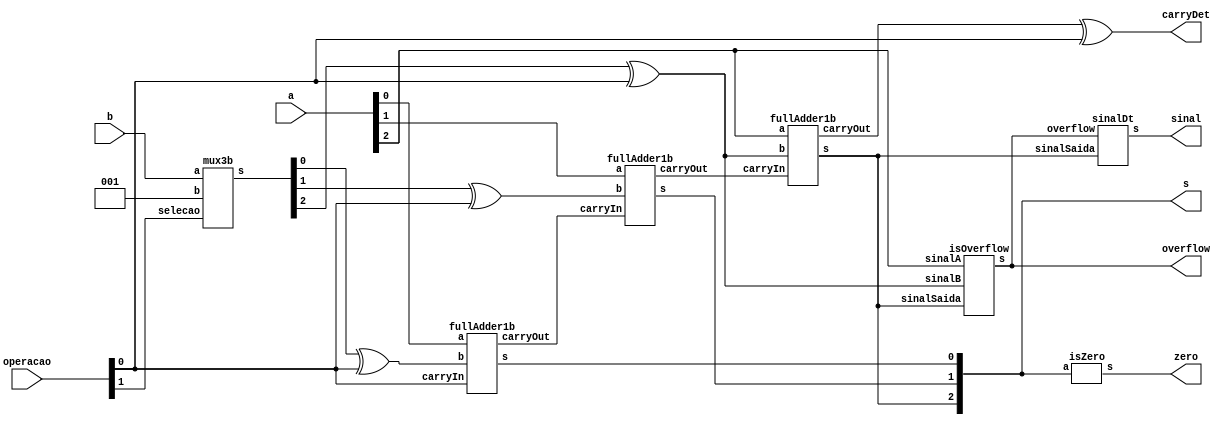
// -------------------------
// Exemplo0034  Soma/Sub ou incremento/decremento selecionavel, c/ flag de Zero, Overflow e sinal
// Nome: Willian Antonio dos Santos
// -------------------------
// -------------------------
// Alu  com Somador e Subtrator com Zero flag 3 bits ou incremento/decremento selecionavel.
// se operacao = 00 - Soma de a e b
//             = 01 - Subtracao de a e b
//             = 10 - Incrementa a e ignora b
//             = 11 - decrementa a e ignora b
// -------------------------
module Alu3b (output [2:0] s, output carryDet, output zero, output overflow, output sinal, input [2:0] a, input [2:0] b, input [1:0] operacao);
       wire carryOut1, carryOut2, carryOut3;
       wire [2:0] s1;
       wire [2:0] s2;
       reg [2:0] unidade = 1;
       mux3b Mx31(s1, b, unidade, operacao[1]);
       xor X1(s2[0],s1[0],operacao[0]);
       xor X2(s2[1],s1[1],operacao[0]);
       xor X3(s2[2],s1[2],operacao[0]);
       fullAdder1b FA1(s[0],carryOut1,a[0],s2[0],operacao[0]);
       fullAdder1b FA2(s[1],carryOut2,a[1],s2[1],carryOut1);
       fullAdder1b FA3(s[2],carryOut3,a[2],s2[2],carryOut2);
       isOverflow iO1(overflow, a[2], s2[2], s[2]);
       xor X6(carryDet,carryOut3, operacao[0]);
       sinalDt SD1(sinal, overflow, s[2]);
       isZero Z1(zero, s);
endmodule
// -------------------------
// Verifica overflow a partir do sinal dos valores A e B e do resultado da soma deles.
// -------------------------
module isOverflow(output s, input sinalA, input sinalB, input sinalSaida);
       wire s1, s2;
       xnor XN1(s1, sinalB, sinalA);
       xor X4(s2, sinalSaida, sinalA);
       and A1(s, s2, s1);
endmodule
// -------------------------
// Retorna o sinal que a soma deve ter a partir do sinal da saida e do overflow.
// -------------------------
module sinalDt(output s, input overflow, input sinalSaida);
       xor X5(s, sinalSaida, overflow);
endmodule
// -------------------------
// full adder 1 bit
// -------------------------
module fullAdder1b (output s, output carryOut, input a, input b, input carryIn);
       wire s1, s2, s3, s4;
       xor X6(s1, a, b);
       xor X7(s, s1, carryIn);
       and A2(s2, a, b);
       and A3(s3, a, carryIn);
       and A4(s4, carryIn, b);
       or O1(carryOut, s2, s3, s4);
endmodule
// -------------------------
// verifica se a entrada esta em zero, 3 bits
// -------------------------
module isZero(output s, input [2:0] a);
       nor NO1(s, a[0], a[1], a[2]);
endmodule
// -------------------------
// Mux para selecionar entre 2 entradas de 3 bits
// -------------------------
module mux3b (output [2:0] s, input [2:0] a, input [2:0] b, input selecao);
       mux Mx1 (s[0],b[0],a[0],selecao);
       mux Mx2 (s[1],b[1],a[1],selecao);
       mux Mx3 (s[2],b[2],a[2],selecao);
endmodule // mux3b
// -------------------------
// Mux para selecionar entre duas saidas
// -------------------------
module mux (output s, input a, input b, input selecao);
       wire selecao2,s7,s8;
       not N1 ( selecao2, selecao);
       and A5 ( s7, a, selecao);
       and A6 ( s8, b, selecao2);
       or O2 ( s, s7, s8);
endmodule // mux
// Testes
module test_Alu3b;
       // ------------------------- definir dados
       reg [2:0] x;
       reg [2:0] y;
       reg [1:0] selecao;
       wire carryOUT, overFlow, zeroFlag, sinal;
       wire [2:0] somaSub;
       Alu3b A31(somaSub, carryOUT, zeroFlag, overFlow, sinal, x, y, selecao);
       // ------------------------- parte principal
       initial begin
               $display("Exemplo0034 - Willian Antonio dos Santos - 462020");
               $display("Test ALU's Soma/Sub ou incremento/decremento com flag de zero, overflow e sinal.");
               $display("Carry nao tem valor na representacao.");
               $display("\nSe operacao for igual a 00 ou 01 entao e' realizado soma ou subtracao;\nse 10 ou 11, entao incremento ou decremento respectivamente.\n");
               x = 0; y = 0; selecao = 3;
               $display("Teste apenas de decremento. ( do valor1 usando op 11 )\n");
               $display("Valor1 | Op | Valor2 | Resultado | Flags=> Carry | Sinal | Zero | overflow ");
               $monitor("  %3b  | %2b |   %3b  |   = %3b   |            %b  |   %b   |   %b  |  %b ", x, selecao, y, somaSub, carryOUT, sinal, zeroFlag, overFlow);
               repeat (7) begin
                      #1 y = y + 1;
               end
               #1 $display("-----------------------------------------------------------------------------");
               repeat (7) begin
                      #1 x = x + 1;y = y + 1;
                      repeat (7) begin
                             #1 y = y + 1;
                      end
                      #1 $display("-----------------------------------------------------------------------------");
               end
       end
endmodule